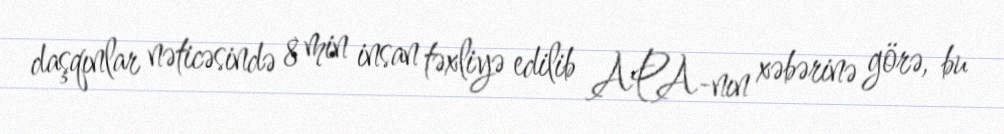
daşqınlar nəticəsində 8 min insan təxliyə edilib APA-nın xəbərinə görə, bu